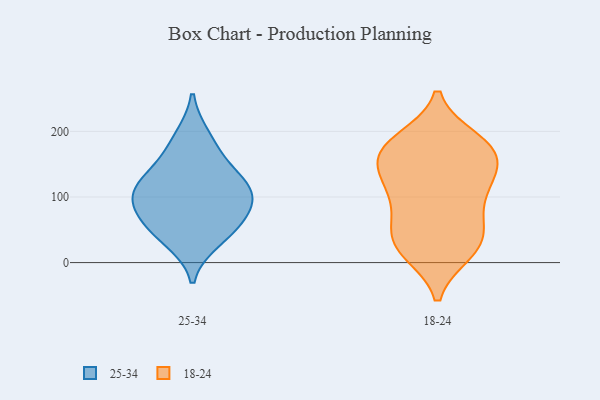
{"axis": {"x": "Market Share (%)", "y": "Value"}, "legend": ["18-24", "25-34"], "data": [{"x": "", "y": 114, "type": "25-34"}, {"x": "", "y": 128, "type": "25-34"}, {"x": "", "y": 60, "type": "25-34"}, {"x": "", "y": 53, "type": "25-34"}, {"x": "", "y": 101, "type": "25-34"}, {"x": "", "y": 105, "type": "25-34"}, {"x": "", "y": 34, "type": "25-34"}, {"x": "", "y": 192, "type": "25-34"}, {"x": "", "y": 85, "type": "25-34"}, {"x": "", "y": 158, "type": "25-34"}, {"x": "", "y": 163, "type": "18-24"}, {"x": "", "y": 112, "type": "18-24"}, {"x": "", "y": 51, "type": "18-24"}, {"x": "", "y": 185, "type": "18-24"}, {"x": "", "y": 123, "type": "18-24"}, {"x": "", "y": 187, "type": "18-24"}, {"x": "", "y": 173, "type": "18-24"}, {"x": "", "y": 149, "type": "18-24"}, {"x": "", "y": 171, "type": "18-24"}, {"x": "", "y": 16, "type": "18-24"}, {"x": "", "y": 74, "type": "18-24"}, {"x": "", "y": 109, "type": "18-24"}, {"x": "", "y": 166, "type": "18-24"}, {"x": "", "y": 24, "type": "18-24"}, {"x": "", "y": 58, "type": "18-24"}, {"x": "", "y": 19, "type": "18-24"}, {"x": "", "y": 30, "type": "18-24"}, {"x": "", "y": 122, "type": "18-24"}]}